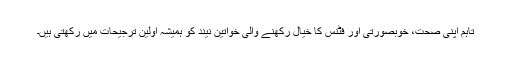
تاہم اپنی صحت، خوبصورتی اور فٹنس کا خیال رکھنے والی خواتین نیند کو ہمیشہ اولین ترجیحات میں رکھتی ہیں۔